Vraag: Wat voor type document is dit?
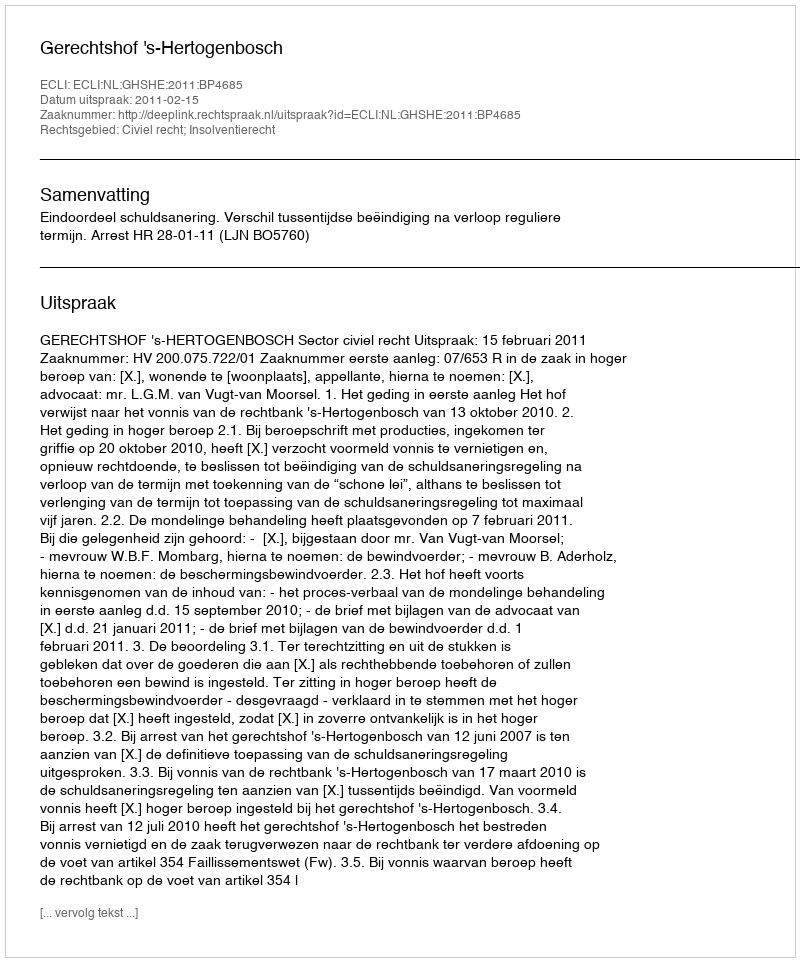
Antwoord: Uitspraak